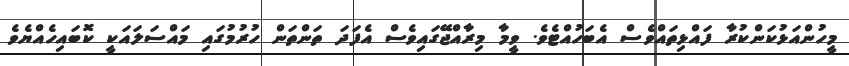
މީހުންއަޅުކަންކުރާ ފައްޅިތައްވެސް އެބަހުއްޓެވެ. ވީމާ މިރާއްޖޭގައިވެސް އެފަދަ ތަންތަން ހުރުމުގައި މައްސަލައަކީ ކޮބައިހެއްޔެވެ